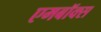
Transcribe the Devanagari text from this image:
एमबॉक्स